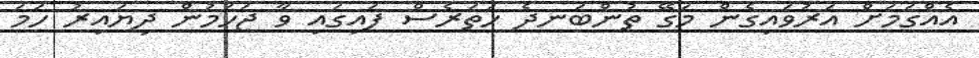
އެއްގަމަށް އަރުވައިގެން މަގޭ ތުންބަނދެ ހަތަރެސް ފައިގައި ވާ ޖަހަމުން ދިޔައިރު ހަމަ